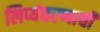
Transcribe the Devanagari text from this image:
लिप्यंतरणाची